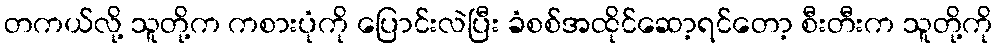
တကယ်လို့ သူတို့က ကစားပုံကို ပြောင်းလဲပြီး ခံစစ်အထိုင်ဆော့ရင်တော့ စီးတီးက သူတို့ကို